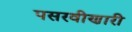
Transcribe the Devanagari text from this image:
पसरवीणारी